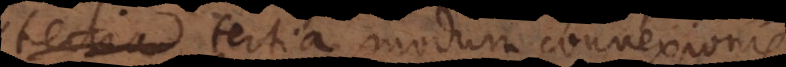
indefinitae, tertia modum connexionis